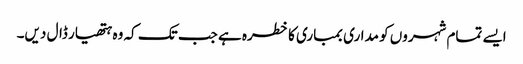
ایسے تمام شہروں کو مداری بمباری کا خطرہ ہے جب تک کہ وہ ہتھیار ڈال دیں۔